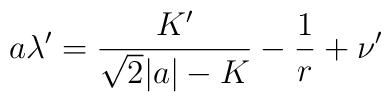
a\lambda'=\frac{K'}{\sqrt{2}|a|-K}-\frac{1}{r}+\nu'